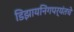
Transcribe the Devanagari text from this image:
डिझायनिंगपर्यंतचे